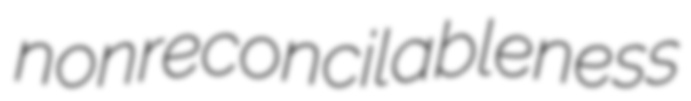
nonreconcilableness